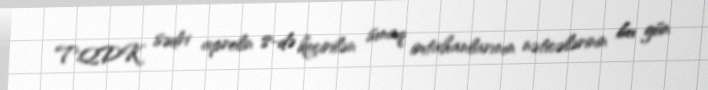
TQDK sədri aprelin 8-də keçirilən sınaq imtahanlarının nəticələrinin bu gün